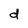
Character: d